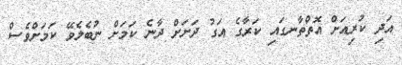
އަދި ކުރިއަށް އޮތްތާނގައި ކަރާގެ އަގު ދަށަށް ދާނެ ކަމަށް ނުބެލެވޭ ކަމަށްވެސް